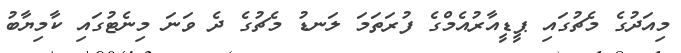
މިއަދުގެ މެޗުގައި ޕީޑީއާރުއެމްގެ ފުރަތަމަ ލަނޑު މެޗުގެ ދެ ވަނަ މިނެޓުގައި ކާމިޔާބު